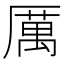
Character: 厲